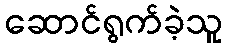
ဆောင်ရွက်ခဲ့သူ